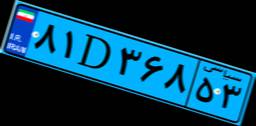
۲۶D۷۰۱۱۲